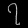
Digit: ၇